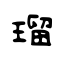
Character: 瑠